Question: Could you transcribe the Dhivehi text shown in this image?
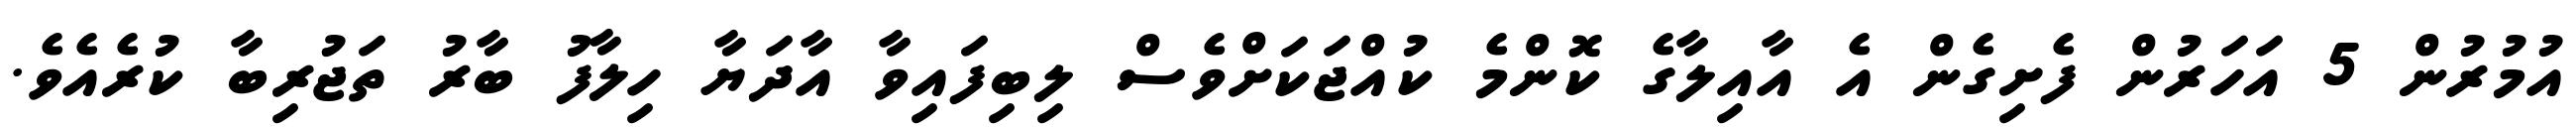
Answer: އުމުރުން 5 އަހަރުން ފެށިގެން އެ އާއިލާގެ ކޮންމެ ކުއްޖަކަށްވެސް ލިބިފައިވާ އާދަޔާ ހިލާފު ބާރު ތަޖުރިބާ ކުރެއެވެ.